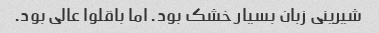
شیرینی زبان بسیار خشک بود. اما باقلوا عالی بود.